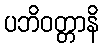
ပဘိဝတ္တာနိ